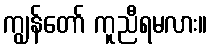
ကျွန်တော် ကူညီရမလား။